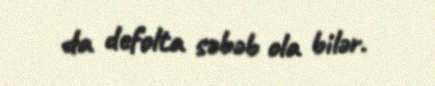
da defolta səbəb ola bilər.